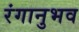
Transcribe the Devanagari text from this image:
रंगानुभव